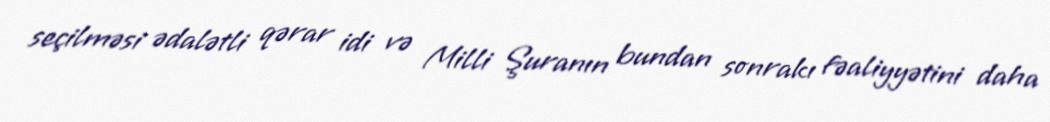
seçilməsi ədalətli qərar idi və Milli Şuranın bundan sonrakı fəaliyyətini daha